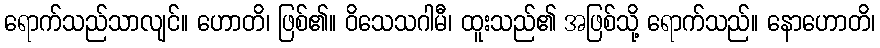
ရောက်သည်သာလျင်။ ဟောတိ၊ ဖြစ်၏။ ဝိသေသဂါမီ၊ ထူးသည်၏ အဖြစ်သို့ ရောက်သည်။ နောဟောတိ၊